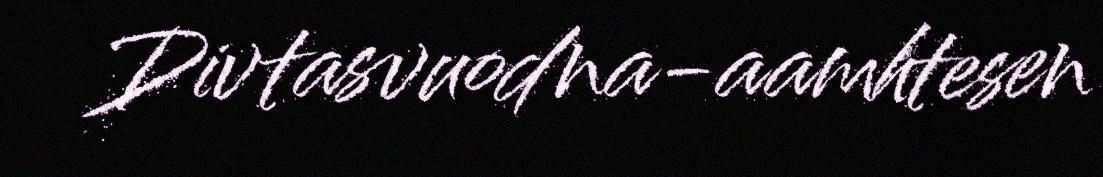
Divtasvuodna-aamhtesen